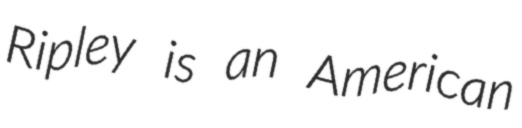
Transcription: Ripley is an American